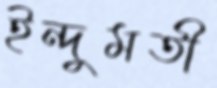
ইন্দুমতী